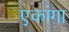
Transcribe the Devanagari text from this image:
एकांगा